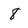
Character: 8